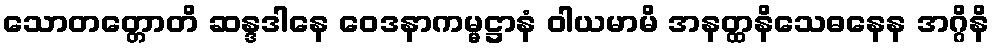
သောတတ္တောတိ ဆန္ဒဒါနေ ဝေဒနာကမ္မဋ္ဌာနံ ဝါယမာမိ အနတ္ထနိသေဓနေန အဂ္ဂိနိ